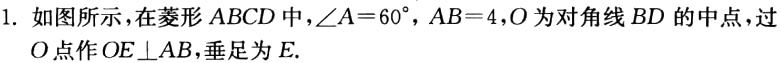
1. 如图所示，在菱形\(ABCD\)中，\(\angle A = 60^{\circ}\)，\(AB = 4\)，\(O\)为对角线\(BD\)的中点，过\(O\)点作\(OE\perp AB\)，垂足为\(E\).